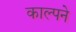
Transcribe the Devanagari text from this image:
काल्पने